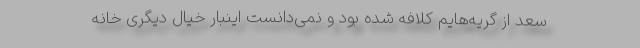
سعد از گریه‌هایم کلافه شده بود و نمی‌دانست اینبار خیال دیگری خانه